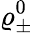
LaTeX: \varrho_{\pm}^{0}